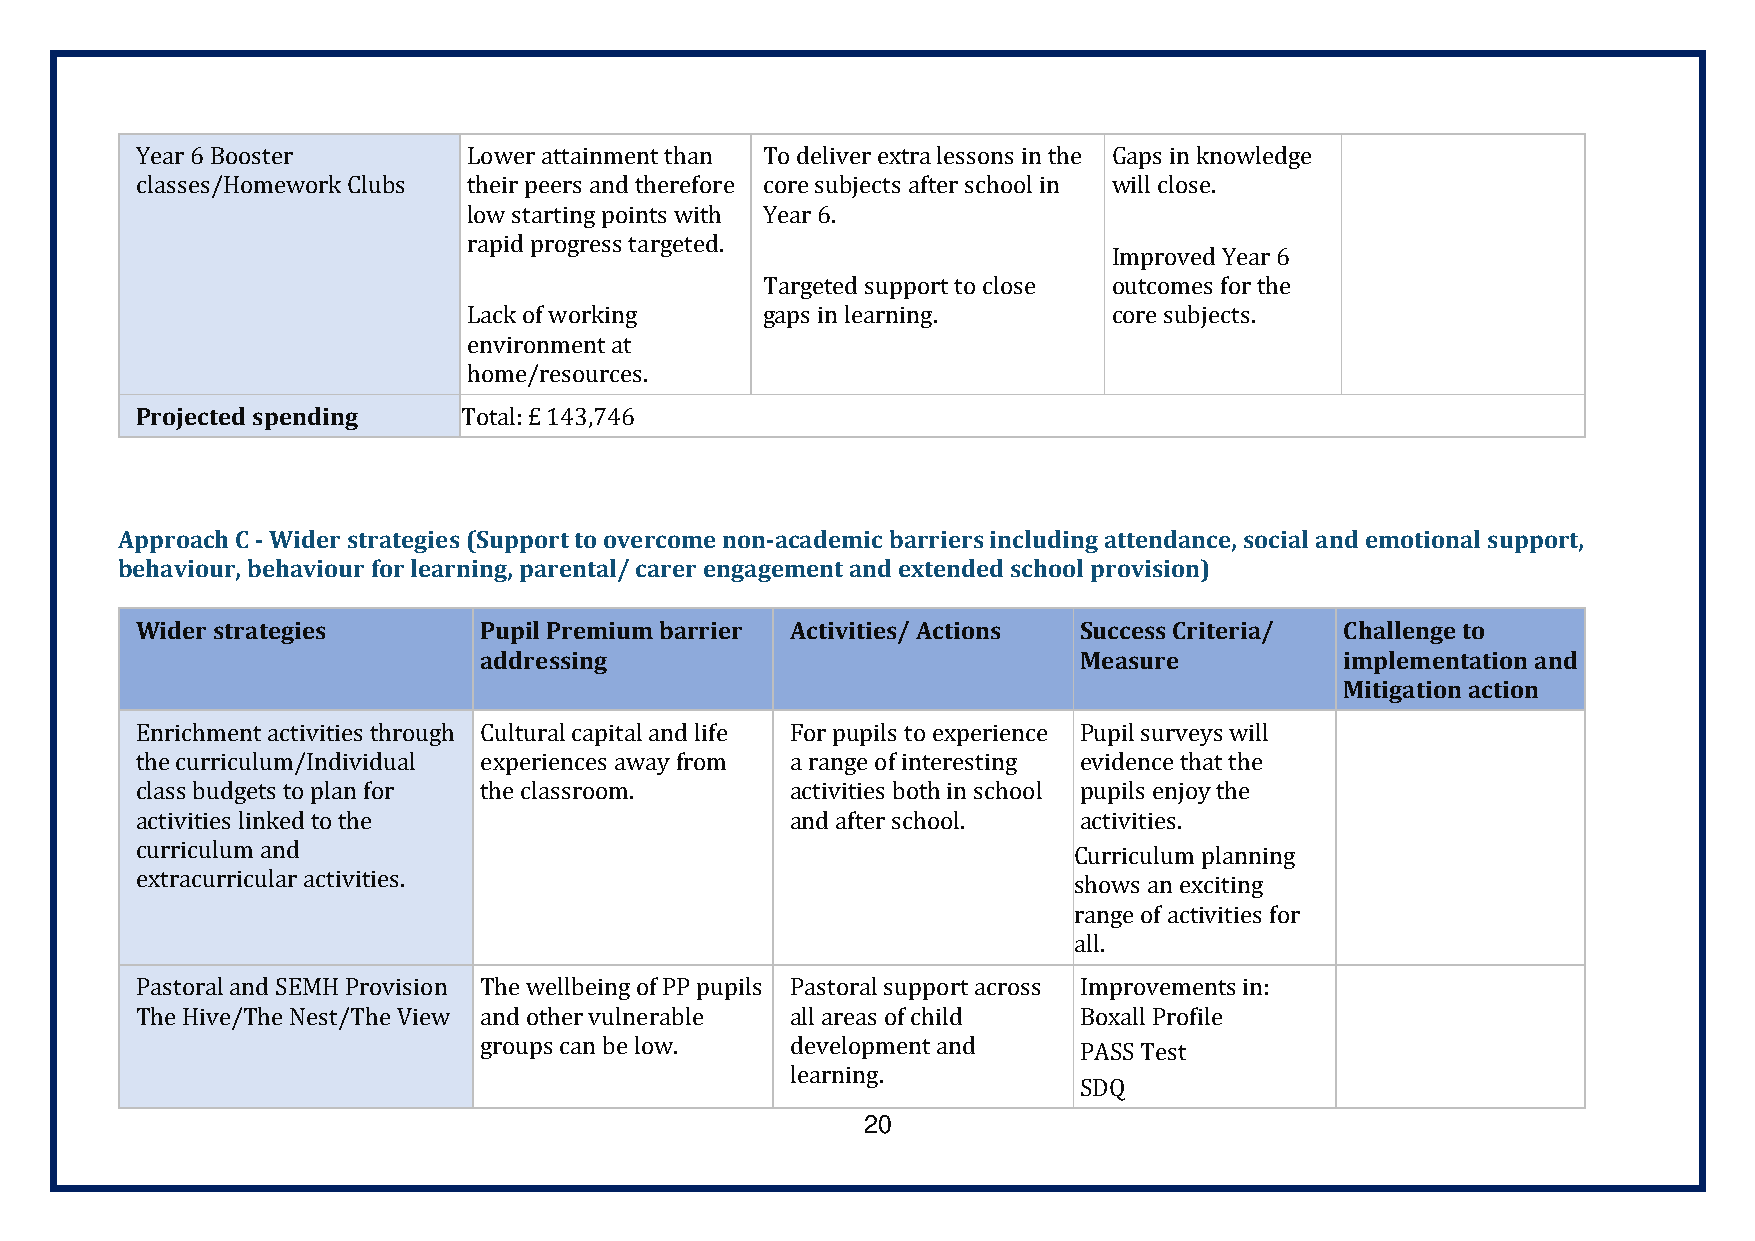
Year 6 Booster        Lower attainment than To deliver extra lessons in the Gaps in knowledge
 classes/Homework Clubs their peers and therefore core subjects after school in will close.
 low starting points with Year 6.
 rapid progress targeted.
 Improved Year 6
 Targeted support to close outcomes for the
 Lack of working    gaps in learning.       core subjects.
 environment at
 home/resources.
 Projected spending   Total: £ 143,746
 Approach C - Wider strategies (Support to overcome non-academic barriers including attendance, social and emotional support,
 behaviour, behaviour for learning, parental/ carer engagement and extended school provision)
 Wider strategies       Pupil Premium barrier Activities/ Actions Success Criteria/ Challenge to
 addressing                             Measure           implementation and
 Mitigation action
 Enrichment activities through Cultural capital and life For pupils to experience Pupil surveys will
 the curriculum/Individual experiences away from a range of interesting evidence that the
 class budgets to plan for the classroom.   activities both in school pupils enjoy the
 activities linked to the                   and after school.  activities.
 curriculum and                                                Curriculum planning
 extracurricular activities.                                   shows an exciting
 range of activities for
 all.
 Pastoral and SEMH Provision The wellbeing of PP pupils Pastoral support across Improvements in:
 The Hive/The Nest/The View and other vulnerable all areas of child Boxall Profile
 groups can be low.  development and    PASS Test
 learning.
 SDQ
 20